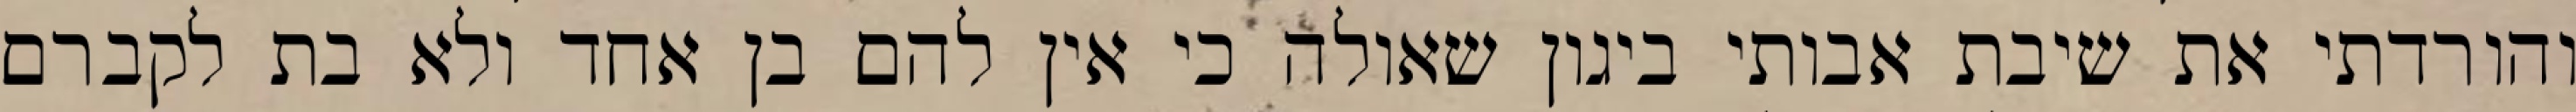
והורדתי את שיבת אבותי ביגון שאולה כי אין להם בן אחד ולא בת לקברם